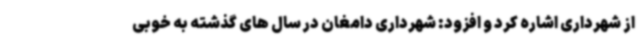
از شهرداری اشاره کرد و افزود: شهرداری دامغان در سال های گذشته به خوبی